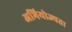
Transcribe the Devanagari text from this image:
अभियोज्यता